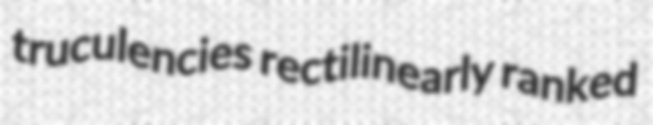
truculencies rectilinearly ranked